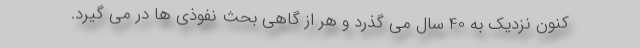
کنون نزدیک به 40 سال می گذرد و هر از گاهی بحث نفوذی ها در می گیرد.